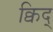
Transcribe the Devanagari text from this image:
क्विद्